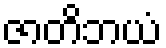
ဇာတိဘယံ